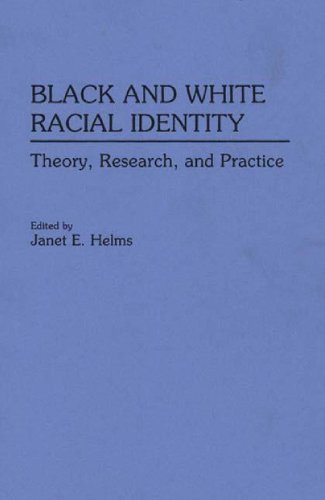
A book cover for Black and White Racial Identity; Janet E. Helms; Medical Books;